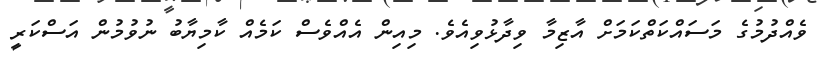
ވެއްދުމުގެ މަސައްކަތްކަމަށް އާޒިމާ ވިދާޅުވިއެވެ. މިއިން އެއްވެސް ކަމެއް ކާމިޔާބު ނުވުމުން އަސްކަރީ